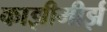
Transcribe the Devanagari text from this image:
काझीमीर्झ